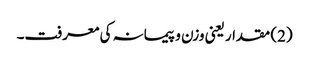
(2) مقدار یعنی وزن و پیمانہ کی معرفت۔